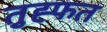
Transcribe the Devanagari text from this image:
तुह्फत